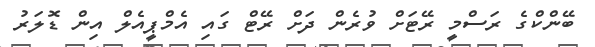
ބޭންކްގެ ރަސްމީ ރޭޓަށް ވުރެން ދަށް ރޭޓް ގައި އެމްޕީއެލް އިން ޑޮލަރު